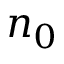
n _ { 0 }